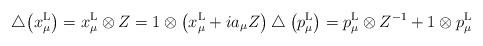
LaTeX: \begin{gather*}\bigtriangleup\big(x_\mu^{\rm L}\big)=x_\mu^{\rm L}\otimes Z=1\otimes\big(x_\mu^{\rm L}+ia_\mu Z\big)\bigtriangleup\big(p_\mu^{\rm L}\big)=p_\mu^{\rm L}\otimes Z^{-1}+1\otimes p_\mu^{\rm L}\end{gather*}